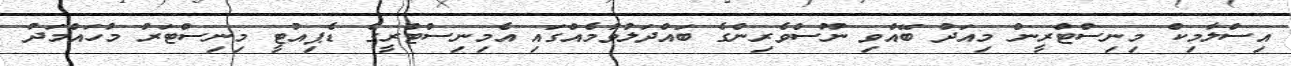
އިސްލާމިކް މިނިސްޓްރީން މިއަދު ބޭއްވި ނޫސްވެރިންގެ ބައްދަލުވުމެއްގައި އެމިނިސްޓްރީގެ ޑެޕިއުޓީ މިނިސްޓަރު މުހައްމަދު